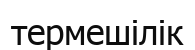
термешілік